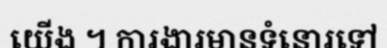
យើង ។ ការងារមានទំនោរទៅ